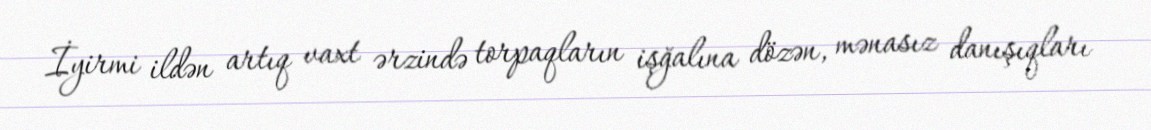
İyirmi ildən artıq vaxt ərzində torpaqların işğalına dözən, mənasız danışıqları